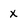
Character: x